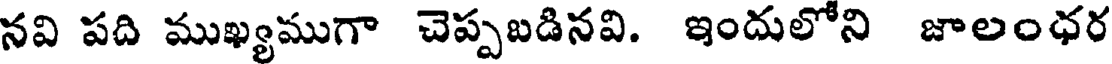
నవి పది ముఖ్యముగా చెప్పబడినవి. ఇందులోని జాలంధర